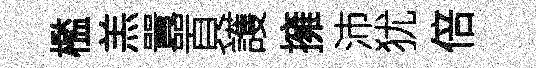
檻羔囂頁護擁沛犹倍